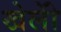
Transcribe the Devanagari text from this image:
खेलोें